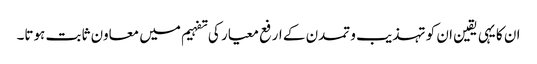
ان کا یہی یقین ان کو تہذیب و تمدن کے ارفع معیار کی تفہیم میں معاون ثابت ہوتا۔